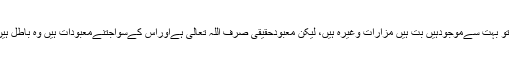
کیوں کہ حقیقت یہ ہےکہ معبودات تو بہت سےموجودہیں بت ہیں مزارات وغیرہ ہیں، لیکن معبودحقیقی صرف اللہ تعالی ہےاوراس کےسواجتنےمعبودات ہیں وہ باطل ہیں، اوران کی عبادت بھی باطل ہے۔